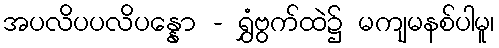
အပလိပပလိပန္နော - ရွှံဗွက်ထဲ၌ မကျမနစ်ပါမူ၊